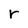
Character: r